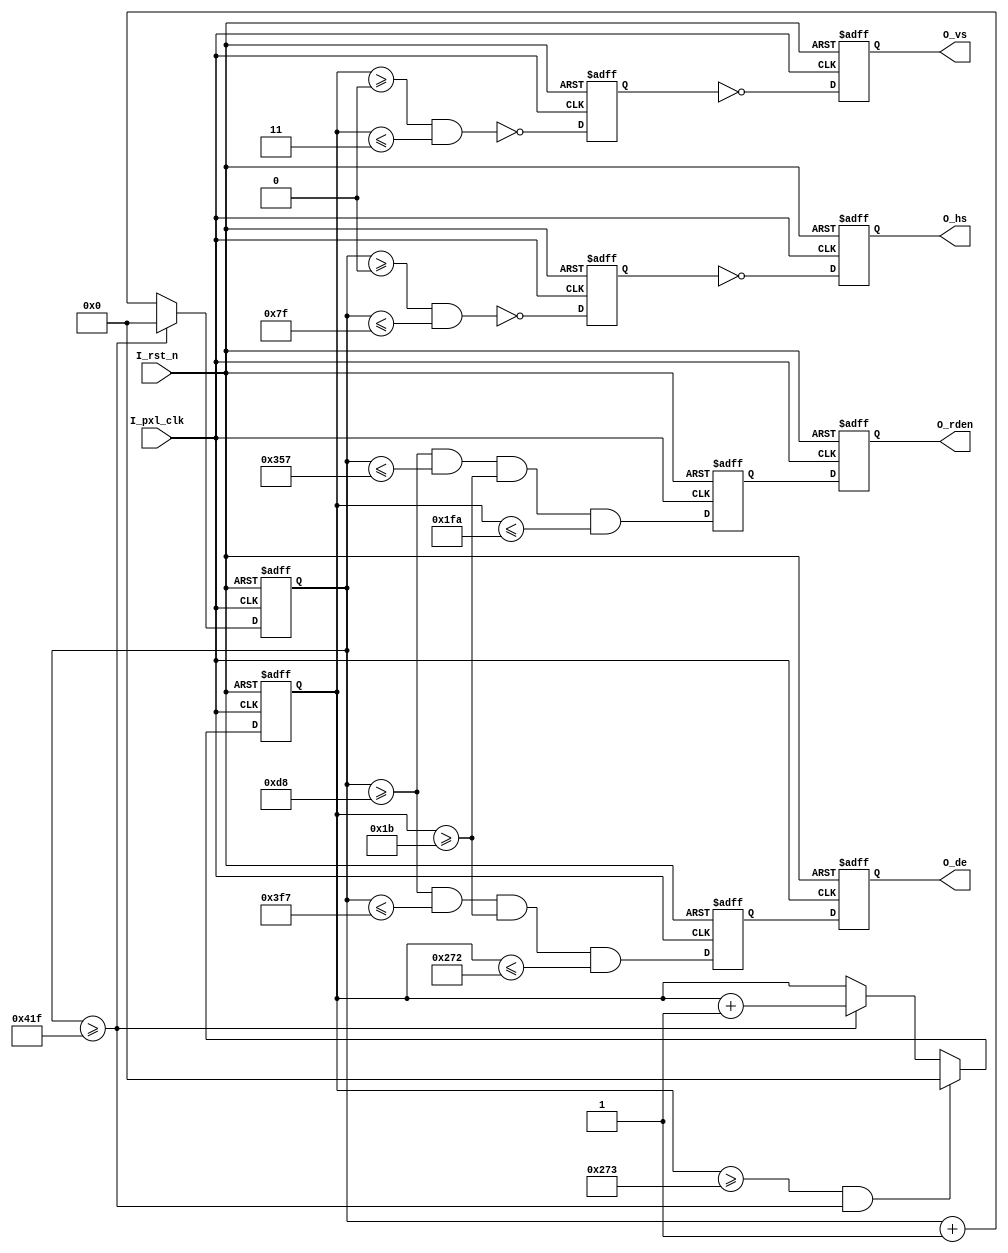
module syn_gen #(
  parameter H_TOTAL  = 1056, // hor total time
  parameter H_SYNC   =  128, // hor sync time
  parameter H_BPORCH =   88, // hor back porch
  parameter H_RES    =  800, // hor resolution
  parameter V_TOTAL  =  628, // ver total time
  parameter V_SYNC   =    4, // ver sync time
  parameter V_BPORCH =   23, // ver back porch
  parameter V_RES    =  600, // ver resolution
  parameter RD_HRES  =  640,
  parameter RD_VRES  =  480,
  parameter HS_POL   =    1, // HS polarity , 0:neg.polarity, 1:pos.polarity
  parameter VS_POL   =    1  // VS polarity , 0:neg.polarity, 1:pos.polarity
)(
  input I_pxl_clk, //pixel clock
  input I_rst_n,   //low active

  output reg O_rden,
  output reg O_de,
  output reg O_hs,
  output reg O_vs
);

//====================================================

  reg [15:0] V_cnt;
  reg [15:0] H_cnt;

//-----------------------------------------

  wire Pout_de_w;
  wire Pout_hs_w;
  wire Pout_vs_w;

  reg  Pout_de_dn;
  reg  Pout_hs_dn;
  reg  Pout_vs_dn;

//-----------------------------------------

  wire Rden_w;
  reg  Rden_dn;

//==============================================================================
//Generate HS, VS, DE signals

  always @(posedge I_pxl_clk or negedge I_rst_n) begin
    if (!I_rst_n)
      V_cnt <= 16'd0;
    else begin
      if ((V_cnt >= (V_TOTAL-1'b1)) && (H_cnt >= (H_TOTAL-1'b1)))
        V_cnt <= 16'd0;
      else if (H_cnt >= (H_TOTAL-1'b1))
        V_cnt <=  V_cnt + 1'b1;
      else
        V_cnt <= V_cnt;
    end
  end

//-------------------------------------------------------------

  always @(posedge I_pxl_clk or negedge I_rst_n) begin
    if (!I_rst_n)
      H_cnt <= 16'd0;
    else if (H_cnt >= (H_TOTAL-1'b1))
      H_cnt <= 16'd0;
    else
      H_cnt <= H_cnt + 1'b1;
  end

//-------------------------------------------------------------

  assign Pout_de_w = (H_cnt >= (H_SYNC+H_BPORCH)) && (H_cnt <= (H_SYNC+H_BPORCH+H_RES-1'b1)) &&
                     (V_cnt >= (V_SYNC+V_BPORCH)) && (V_cnt <= (V_SYNC+V_BPORCH+V_RES-1'b1));
  assign Pout_hs_w = !((H_cnt >= 16'd0) && (H_cnt <= (H_SYNC-1'b1)));
  assign Pout_vs_w = !((V_cnt >= 16'd0) && (V_cnt <= (V_SYNC-1'b1)));

//==============================================================================

  assign Rden_w = (H_cnt >= (H_SYNC+H_BPORCH)) && (H_cnt <= (H_SYNC+H_BPORCH+RD_HRES-1'b1)) &&
                  (V_cnt >= (V_SYNC+V_BPORCH)) && (V_cnt <= (V_SYNC+V_BPORCH+RD_VRES-1'b1));

  always @(posedge I_pxl_clk or negedge I_rst_n) begin
    if (!I_rst_n) begin
      Pout_de_dn <= 1'b0;
      Pout_hs_dn <= 1'b1;
      Pout_vs_dn <= 1'b1;
      Rden_dn    <= 1'b0;
    end else begin
      Pout_de_dn <= Pout_de_w;
      Pout_hs_dn <= Pout_hs_w;
      Pout_vs_dn <= Pout_vs_w;
      Rden_dn    <= Rden_w   ;
    end
  end

  always @(posedge I_pxl_clk or negedge I_rst_n) begin
    if (!I_rst_n) begin
      O_de   <= 1'b0;
      O_hs   <= 1'b1;
      O_vs   <= 1'b1;
      O_rden <= 1'b0;
    end else begin
      O_de   <= Pout_de_dn;
      O_hs   <= HS_POL ? ~Pout_hs_dn : Pout_hs_dn;
      O_vs   <= VS_POL ? ~Pout_vs_dn : Pout_vs_dn;
      O_rden <= Rden_dn;
    end
  end

endmodule